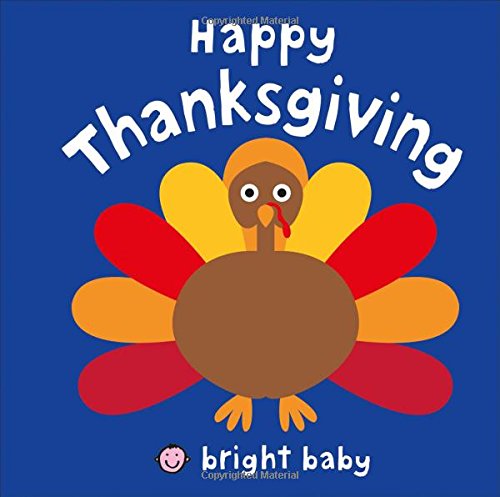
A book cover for Bright Baby: Happy Thanksgiving; Roger Priddy; Children's Books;